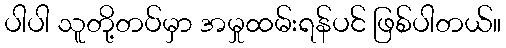
ပါပါ သူတို့တပ်မှာ အမှုထမ်းရန်ပင် ဖြစ်ပါတယ်။